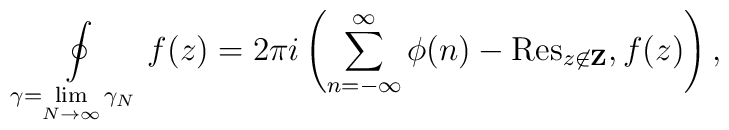
\oint \limits_{\gamma=\lim \limits_{N\rightarrow\infty}\gamma_N} f(z) =  2\pi i\left(\sum_{n=-\infty}^{\infty}\phi(n)-  \mathrm{Res}_{z\not\in{\bf Z}},f(z)\right),